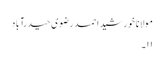
مولانا خورشید احمد رضوی حیدرآباد
۱۱۔